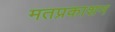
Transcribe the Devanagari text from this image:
मतप्रकाशन